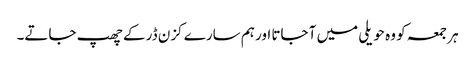
ہر جمعہ کو وہ حویلی میں آ جاتا اور ہم سارے کزن ڈر کے چھپ جاتے۔